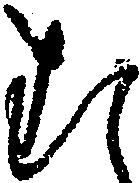
む